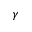
\gamma